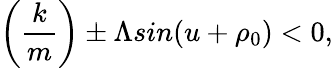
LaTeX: \left(\frac{k}{m}\right)\pm\Lambda sin(u+\rho_{0})<0,